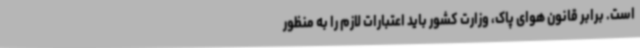
است. برابر قانون هوای پاک، وزارت کشور باید اعتبارات لازم را به منظور